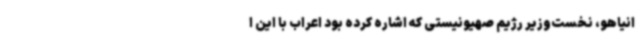
انیاهو، نخست‌وزیر رژیم صهیونیستی که اشاره کرده بود اعراب با این ا